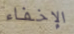
الإخفاء